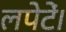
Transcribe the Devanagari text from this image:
लपेटें।